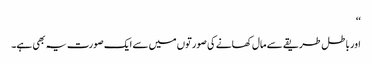
‘‘
اور باطل طریقے سے مال کھانے کی صورتوں میں سے ایک صورت یہ بھی ہے۔